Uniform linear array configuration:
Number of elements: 8
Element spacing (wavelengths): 0.75
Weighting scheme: hann
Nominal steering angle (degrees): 0
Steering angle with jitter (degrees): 1.864
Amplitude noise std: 0.05
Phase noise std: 0.05

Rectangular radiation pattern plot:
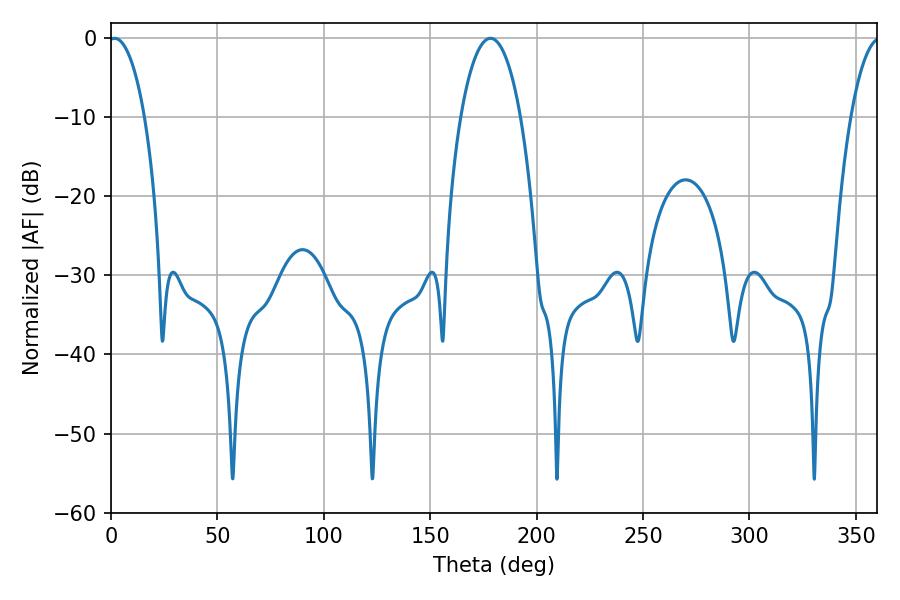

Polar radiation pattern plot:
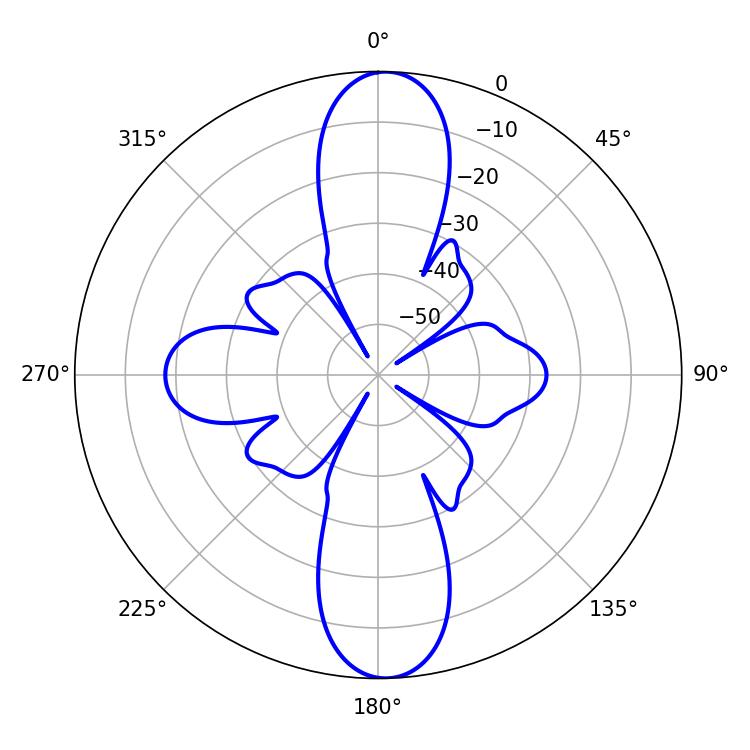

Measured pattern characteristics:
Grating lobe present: TRUE
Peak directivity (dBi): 22.429
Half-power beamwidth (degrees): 9.54
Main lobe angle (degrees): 1.62